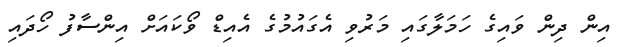
އިން ދިން ވައިގެ ހަމަލާގައި މަރުވި އެގައުމުގެ އެއިޑް ވޯކައަށް އިންސާފު ހޯދައި